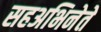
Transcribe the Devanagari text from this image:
सहअभिनेते